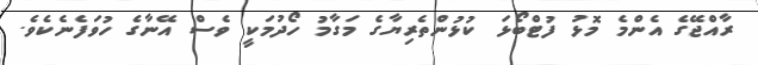
ރާއްޖޭގެ އެންމެ މޮޅު ފުޓްބޯޅަ ކުޅުންތެރިޔާގެ މަގާމު ހޯދުމަކީ ވެސް އޭނާގެ ހުވަފެނެކެވެ.